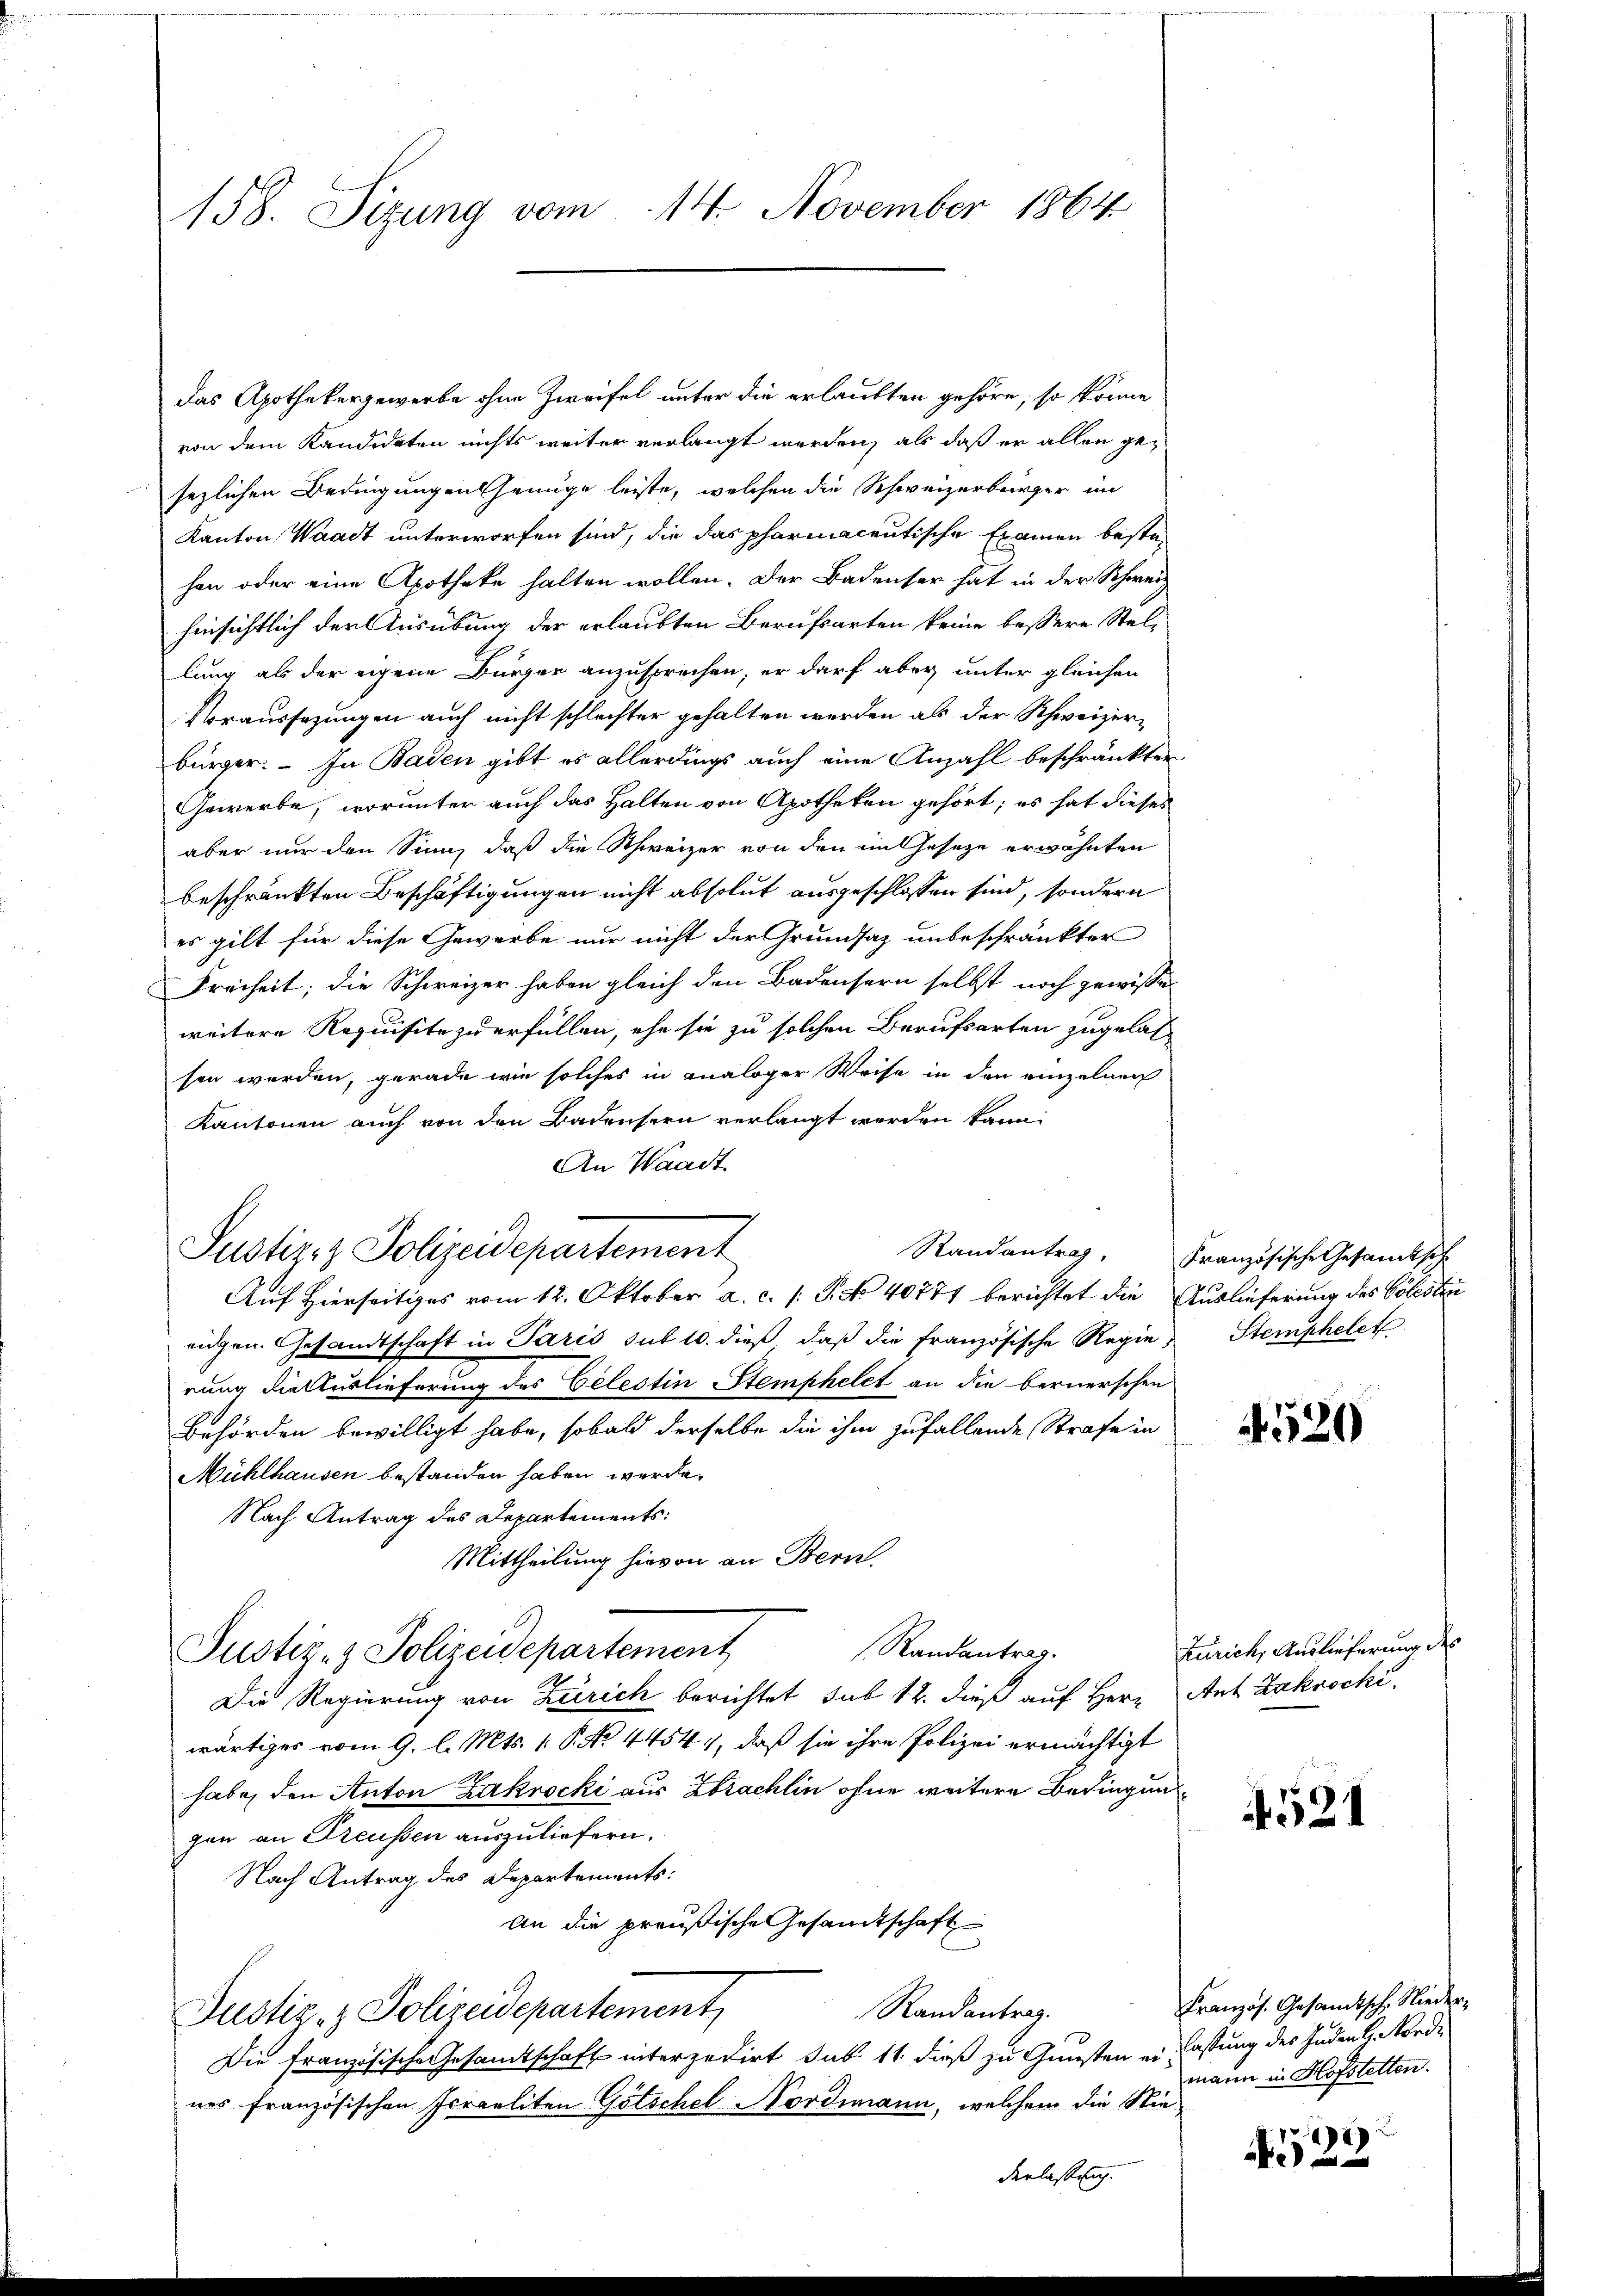
158. Sizung vom 14. November 1864

das Apothekergewerbe ohne Zweifel unter die erlaubten gehöre, so könne
von dem Kandidaten nichts weiter verlangt werden, als daß er allen gesezlichen Bedingungen seinige leiste, welchen die Schweizerbürger im
Kanton, Waadt unterworfen sind, die das pharmacentische Examen bestehon oder eine Apotheke halten wollen. Der Badenser hat in der Schweiz
hinsichtlich der Ausübung der erlaubten Berufsarten keine bessere Stellung als der eigene Bürger anzusprechen, er darf aber unter gleichen
Voraussezungen auch nicht schlechter gehalten werden als der Schweizerbürger. – In Baden gibt es allerdings auch eine Anzahl beschränkten
Gewerbe, worunter auch das Halten von Apotheken gehört; es hat dieses
aber nur den Sinn, daß die Schweizer von den ein Gesetze erwähnten
beschränkten Beschäftigungen nicht absolut ausgeschlossen sind, sondern
es gilt für diese Gewerbe nur nicht der Grundsaz unbeschränkter
Freiheit; die Schweizer haben gleich den Badensern selbst noch gewisse
weitere Requisite zu erfüllen, ehe sie zu solchen Berufsarten zugelassen werden, gerade wie solches in analoger Weise in den einzelnen
Kantonen auch von den Badensern verlangt werden kann.
An Waadt
Auf Hierseitiges vom 12. Oktober a. c. s. S. No 40771 berichtet die Auslieferung des Cölesten
eidgen. Gesandtschaft in Paris sub 10. dieß, daβ die Französische Regie Stemphelet
rung die Auslieferung des Celestin Stemphelet an die bernerschen
Behörden bewilligt habe, sobald derselbe die ihm zufallende Strafe in
Mühlhausen bestanden haben werde.
Nach Antrag des Departements:
Mittheilung hievon an Bern.
Randantrag.
Justiz- & Polizeidepartement
Die Regierung von Zürich berichtet sub 12. dieß auf Herr Ant. Zakrocki,
wärtiges vom 9. l. Mts. 1. P. No. 44544, daß sie ihre Polizei ermächtigt
habe, den Anton Zakrocki aus Zbrachlin ohne weitere Bedingung
gen an Preussen auszuliefern.
Nach Antrag des Departements:
An die preußische Gesandtschaft
Randantrag.
Justiz- & Polizeidepartement
Die französische Gesamtschaft interzedirt sub 11. dieß zu Gunsten ein lastung des Juden G. Nordnes französischen Israeliten Götschel Nordimann, welchem die Nie¬

Justiz- & Polizeidepartement

derlassung.

Randantrag. Französische Gesandtsch

Zürich, Auslieferung des

520

421

Französ. Gesandtsch, Niedermann in Hofstetten.

22